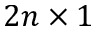
2 n \times 1